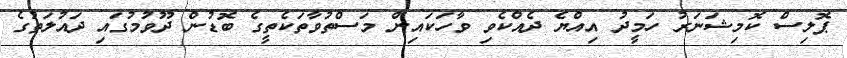
ޕޮލިސް ކޮމިޝަނަރު ހަމީދު އިއްޔެ ދެއްކެވި ވާހަކައިން މަސްތުވާތަކެތީގެ ބޮޑުން ދޫވުމުގައި ދައުލަތުގެ